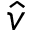
\hat { v }